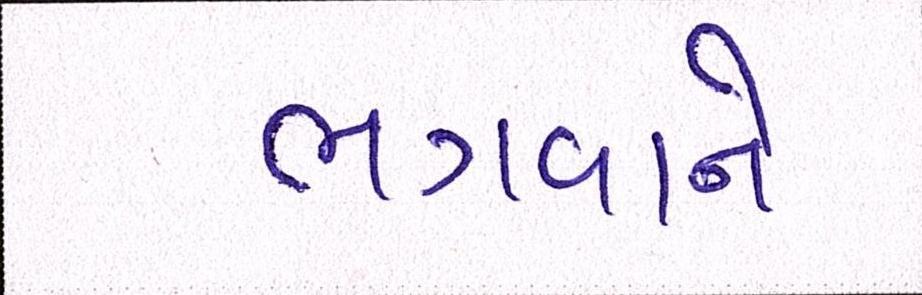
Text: ભગવાને